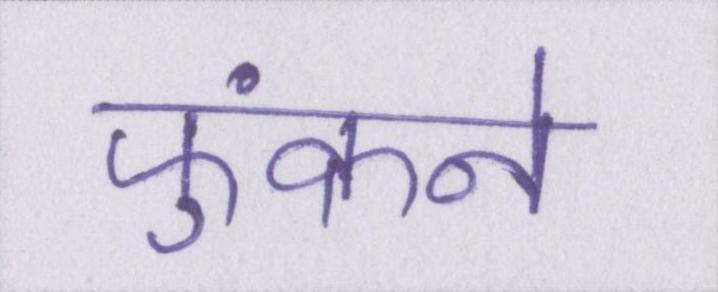
फुंकने